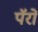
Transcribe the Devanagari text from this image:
पॅरों